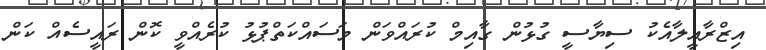
އިޒްރާއީލާއެކު ސިޔާސީ ގުޅުން ގާއިމް ކުރައްވަން މަސައްކަތްޕުޅު ކުރެއްވީ ކޮން ރައީސެއް ކަން